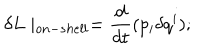
LaTeX: \delta L \mid _ { o n - s h e l l } = \frac { d } { d t } ( p _ { i } \delta q ^ { i } ) ;